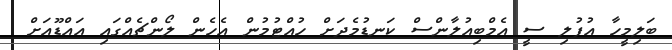
ބަލިމީހާ އުފުލި ސީ އެމްބިއުލާންސް ކަނޑުމެދަށް ހުއްޓުމުން އެހެން ލޯންޗެއްގައި އައްޑޫއަށް